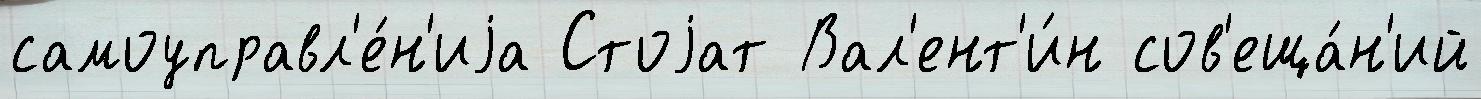
самоуправл'е́н'иjа Стоjат Вал'ент'и́н сов'еща́н'ий